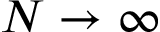
N \to \infty